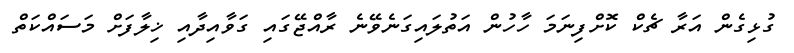
ގުޅިގެން އަރާ ޗެކް ކޮށްފިނަމަ ހާހުން އަތުލައިގަނެވޭނެ ރާއްޖޭގައި ގަވާއިދާއި ޚިލާފަށް މަސައްކަތް